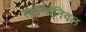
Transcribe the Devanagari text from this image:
सेलेमोनियल